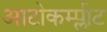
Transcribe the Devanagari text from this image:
आटोकम्प्लीट